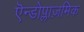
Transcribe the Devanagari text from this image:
एॆन्डोप्लाज़मिक